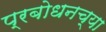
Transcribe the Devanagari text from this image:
प्रबोधनच्या